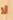
لا